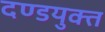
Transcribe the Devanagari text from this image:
दण्डयुक्त